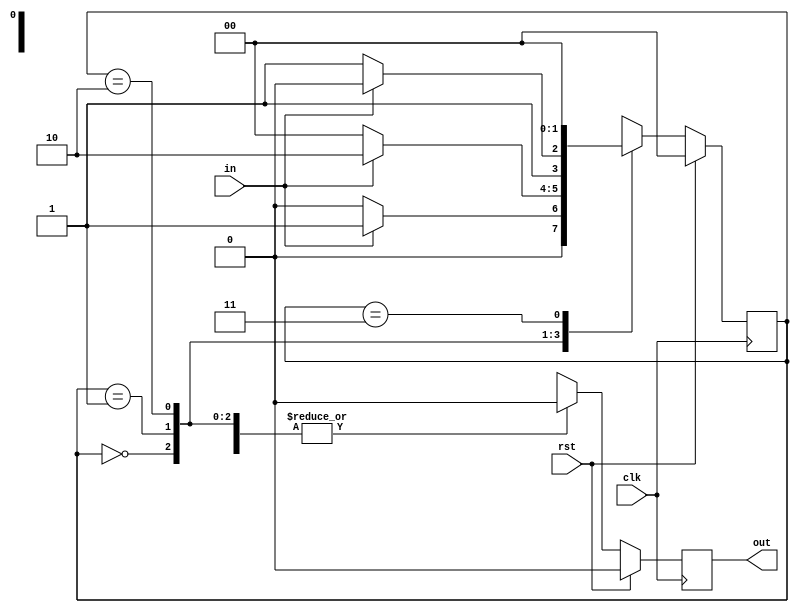
module moorefsmol(input in,input clk,input rst,output reg out);
  reg [1:0] cst;//current state
  reg [1:0] nst;//next state
  parameter [2:0]s0=3'b000;
  parameter [2:0]s1=3'b001;
  parameter [2:0]s2=3'b010;
  parameter [2:0]s3=3'b011;
  parameter [2:0]s4=3'b100;
  parameter [2:0]s5=3'b101;
always@(posedge clk)
begin
  if(rst)begin
    out=1'b0;
    cst=s0;
    nst=s0;end
  else
    begin
    cst=nst;
    case(cst)
  s0:begin    
      out=1'b0; 
     if(in) 
       nst=s1;
     else begin
      nst=s0;end 
    end
  s1:begin
      out=1'b0; 
      if(in)
       nst=s2;
      else begin
       nst=s0;end
     end
  s2 :begin   
        out=1'b0;
        if(in)
         nst=s2;
        else begin
         nst=s3;end 
      end
  s3:begin    
        out=1'b0; 
       if(in) 
         nst=s4;
       else begin
       nst=s0 ;end
     end
    s4:begin    
        out=1'b0; 
       if(in) 
         nst=s5;
       else begin
       nst=s0 ;end
     end
    s5:begin    
        out=1'b1; 
       if(in) 
         nst=s2;
       else begin
       nst=s3 ;end
     end
    endcase
end
end
endmodule